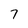
Character: 7